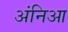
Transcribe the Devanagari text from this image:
अंनिआ